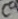
Text: C9